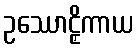
ဥဿောဠှိကာယ